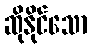
ဆိုနိုင်သော